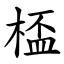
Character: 㮎